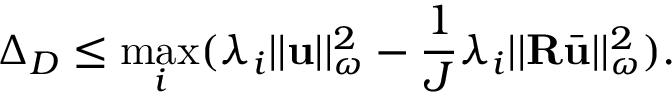
\Delta _ { D } \leq \operatorname* { m a x } _ { i } ( \lambda _ { i } | | \mathbf { u } | | _ { \omega } ^ { 2 } - \frac { 1 } { J } \lambda _ { i } | | \mathbf { R } \bar { \mathbf { u } } | | _ { \omega } ^ { 2 } ) .